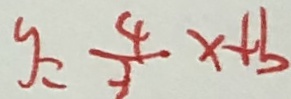
y = \frac { 4 } { 3 } x + b